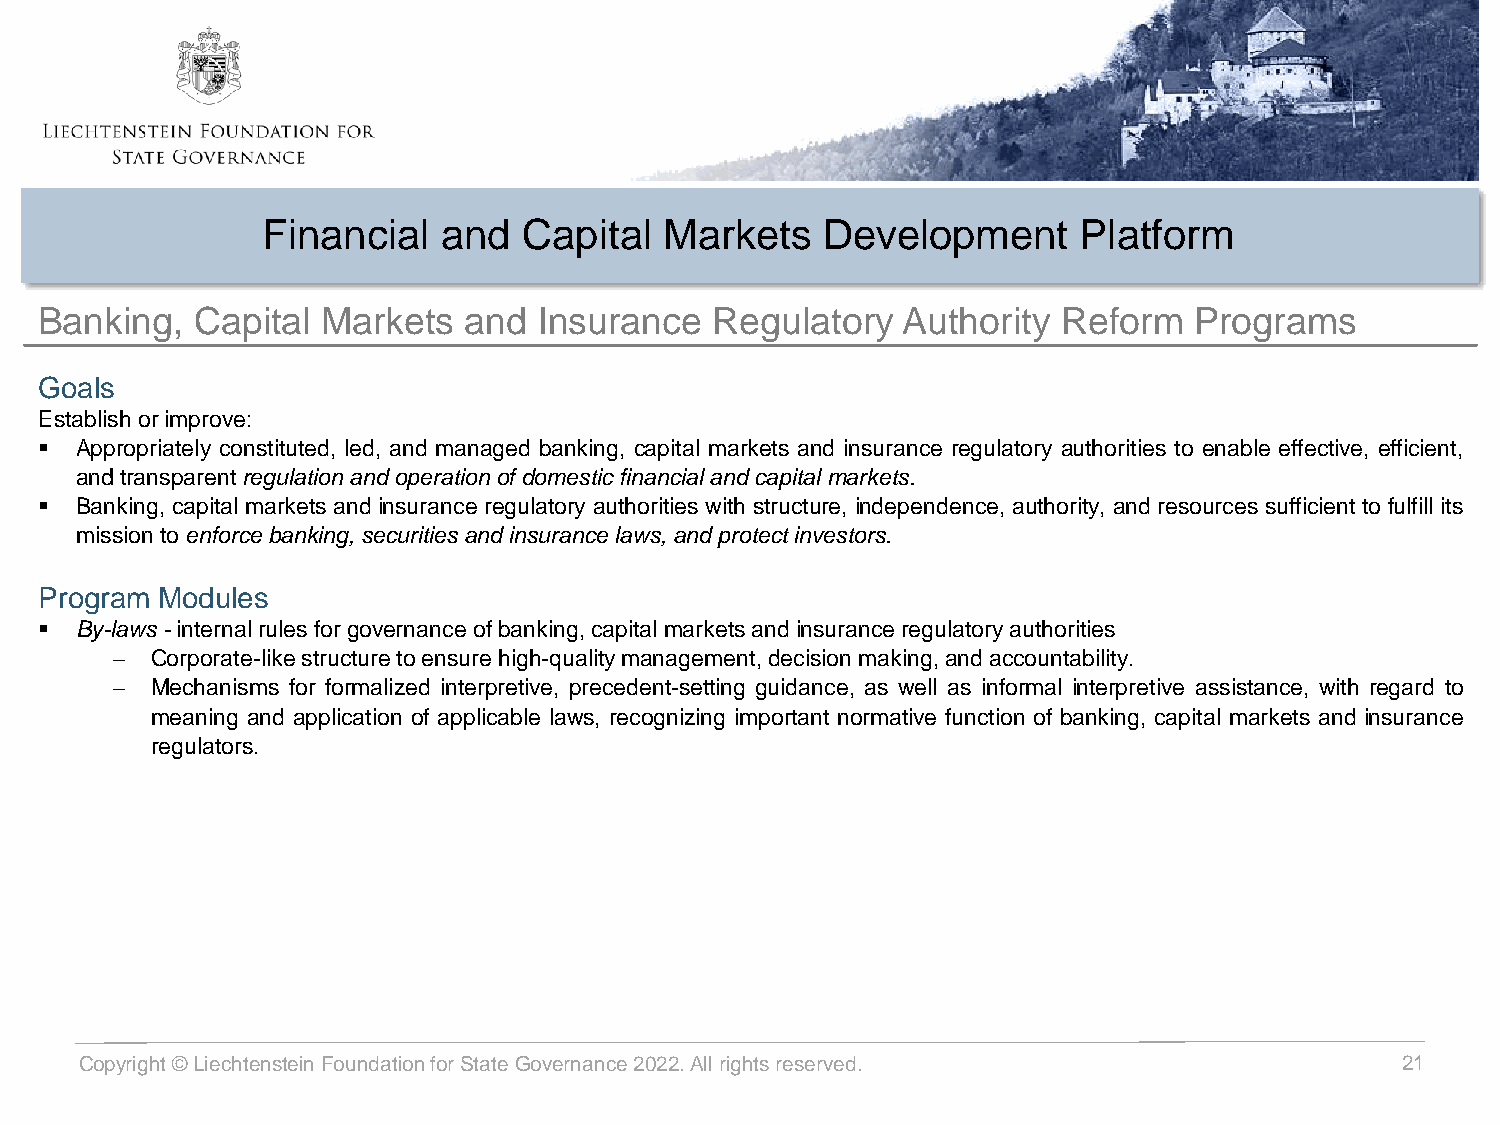
Financial   and   Capital  Markets   Development      Platform
 Banking,  Capital Markets   and  Insurance  Regulatory   Authority Reform   Programs
 Goals
 Establish orimprove:
 ▪ Appropriately constituted, led, and managed banking, capital markets and insurance regulatory authorities to enable effective, efficient,
 andtransparentregulationandoperationofdomesticfinancial and capitalmarkets.
 ▪ Banking, capital markets and insurance regulatory authorities with structure, independence, authority, and resources sufficient to fulfill its
 mission toenforcebanking, securitiesandinsurancelaws, andprotectinvestors.
 Program Modules
 ▪ By-laws -internalrulesforgovernanceofbanking,capital marketsandinsuranceregulatoryauthorities
 − Corporate-likestructuretoensure high-qualitymanagement,decision making,andaccountability.
 − Mechanisms for formalized interpretive, precedent-setting guidance, as well as informal interpretive assistance, with regard to
 meaning and application of applicable laws, recognizing important normative function of banking, capital markets and insurance
 regulators.
 Copyright © Liechtenstein Foundation for State Governance2022. All rights reserved.     21